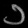
Digit: ၁